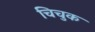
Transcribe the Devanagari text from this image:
चिचुक